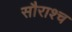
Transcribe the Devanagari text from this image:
सौराश्च